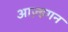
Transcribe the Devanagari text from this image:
आज़्हगन